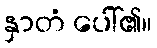
နှာတံ ပေါ်၏။